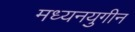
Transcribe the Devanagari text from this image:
मध्यनयुगीन